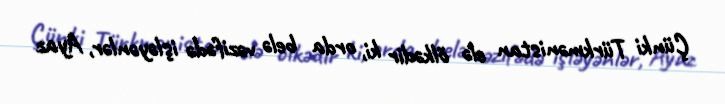
Çünki Türkmənistan elə ölkədir ki, orda belə vəzifədə işləyənlər, Ayaz